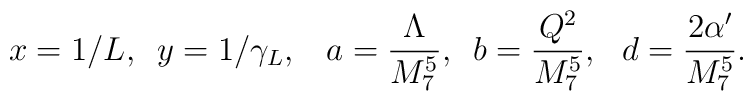
x= 1/L,\,\,\, y = 1/\gamma_{L},\,\,\,\ a= \frac{\Lambda}{M_{7}^5},\,\,\,b=\frac{Q^2}{M_{7}^5},\,\,\,\, d = \frac{2 \alpha'}{M_{7}^5}.